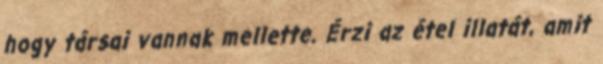
hogy társai vannak mellette. Érzi az étel illatát, amit